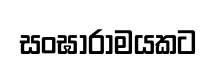
සංඝාරාමයකට